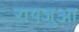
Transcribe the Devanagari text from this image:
रायजुआ